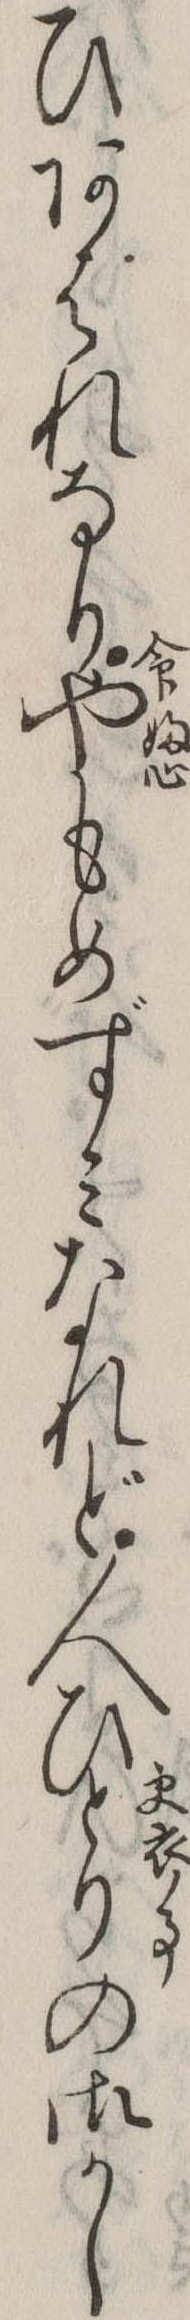
ひあはれなりやもめずみなれど人ひとりの御かし